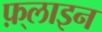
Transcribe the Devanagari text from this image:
फ़्लाइन